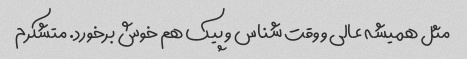
مثل همیشه عالی و وقت شناس و پیک هم خوش برخورد. متشکرم